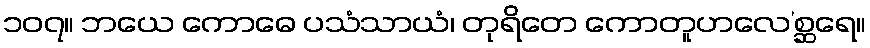
၁၀၇။ ဘယေ ကောဓေ ပသံသာယံ၊ တုရိတေ ကောတူဟလေ’စ္ဆရေ။